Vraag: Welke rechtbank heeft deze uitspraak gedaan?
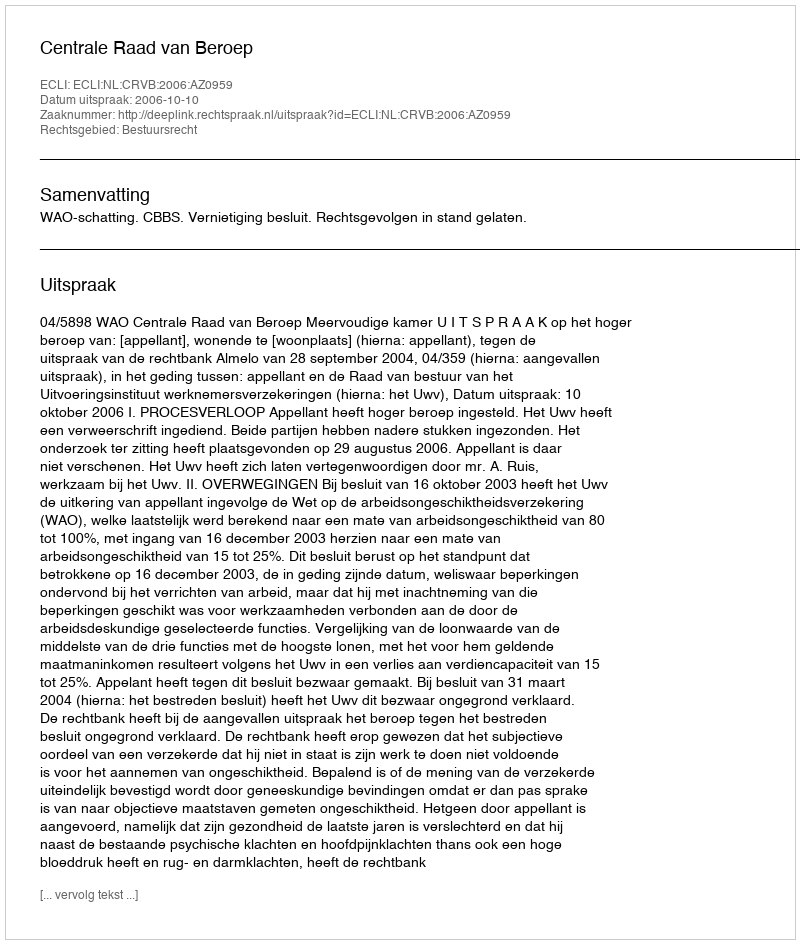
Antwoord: Centrale Raad van Beroep